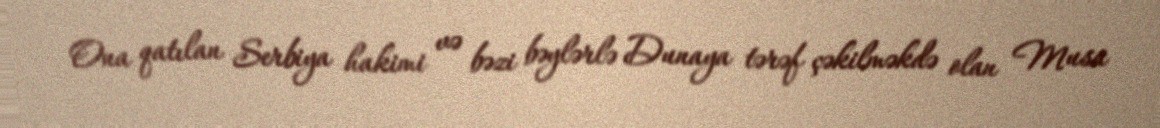
Ona qatılan Serbiya hakimi və bəzi bəylərlə Dunaya tərəf çəkilməkdə olan Musa